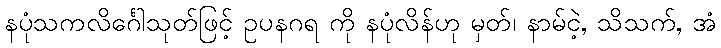
နပုံသကလိင်္ဂေါသုတ်ဖြင့် ဥပနဂရ ကို နပုံလိန်ဟု မှတ်၊ နာမ်ငဲ့, သိသက်, အံ